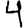
Digit: 4